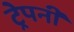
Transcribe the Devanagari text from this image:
ट्रेपनी